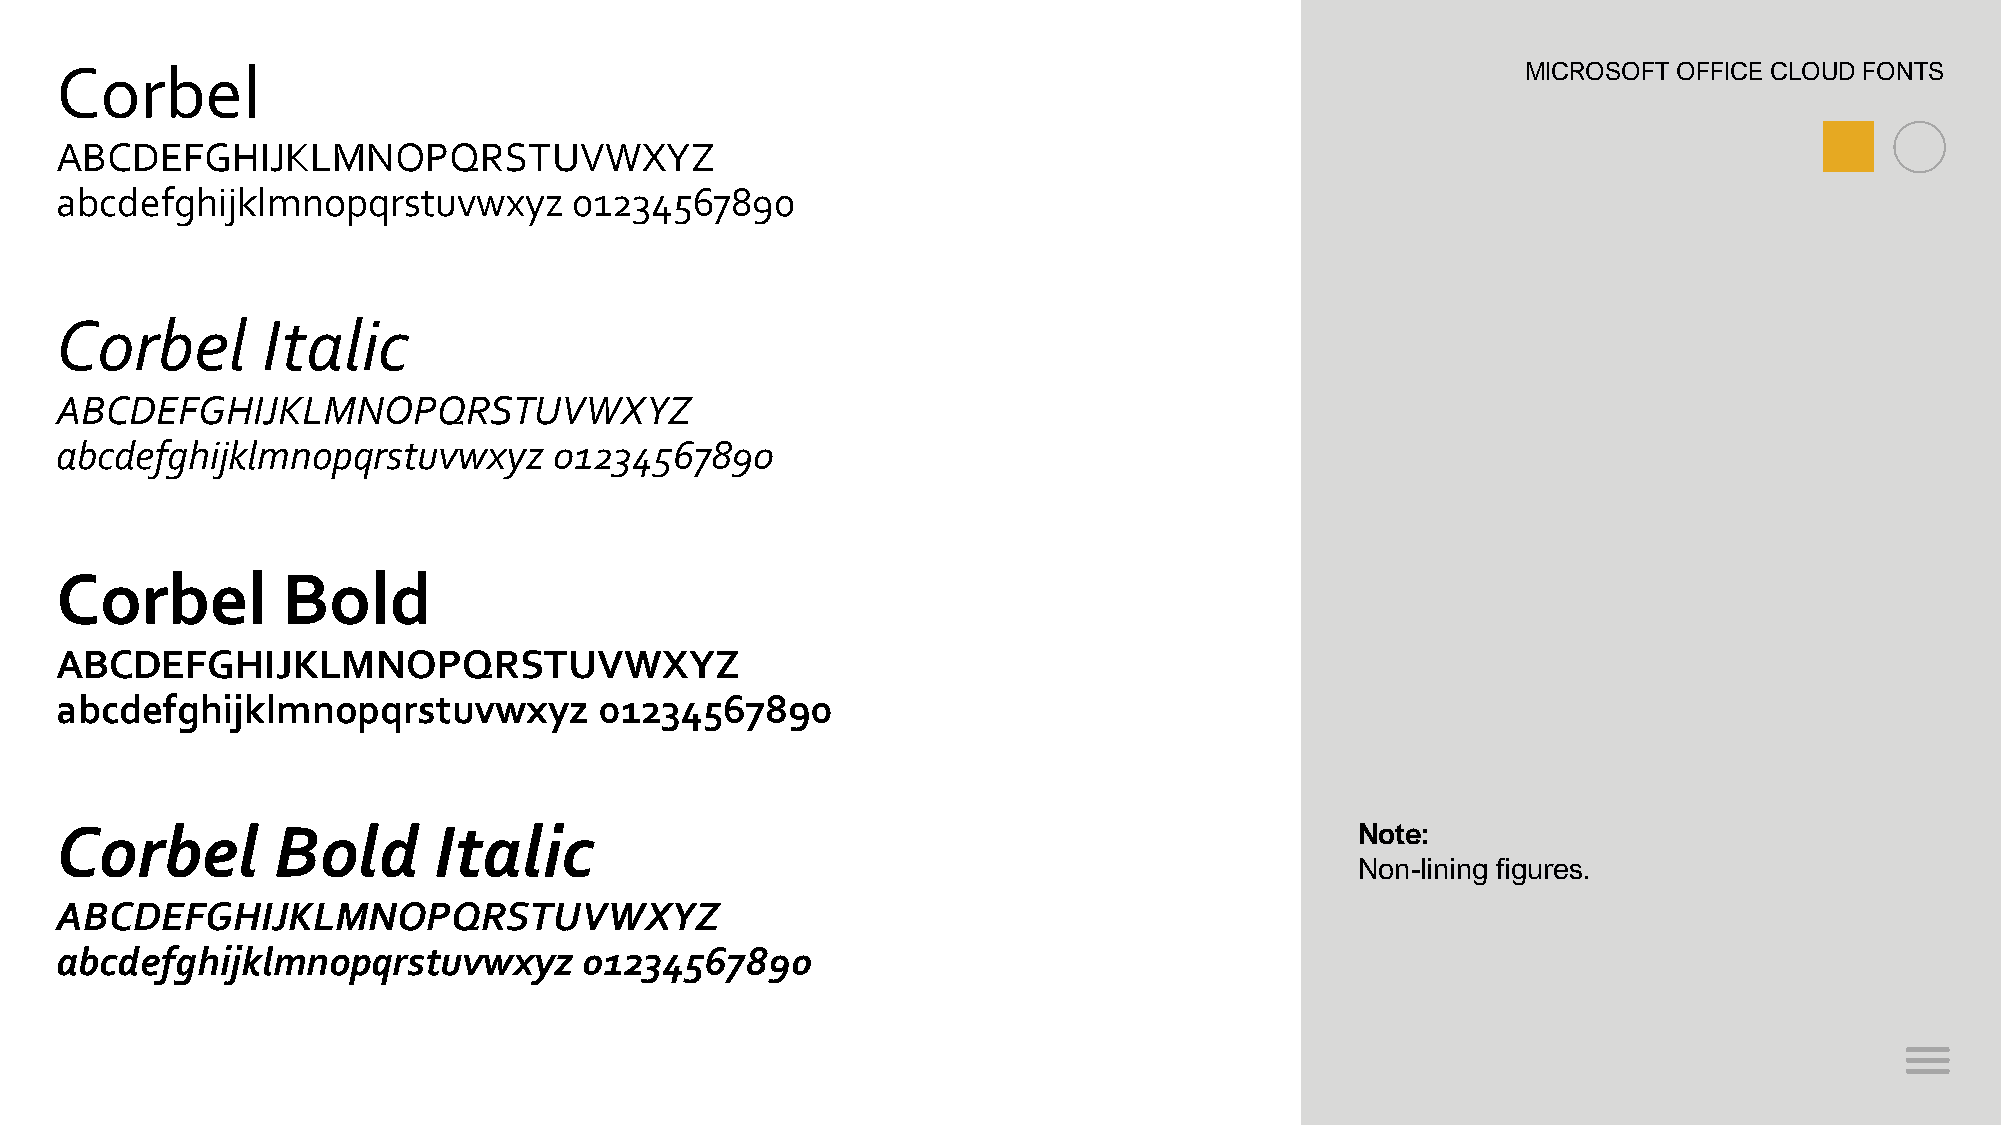
Corbel                                                                                           MICROSOFT OFFICE CLOUD FONTS
 ABCDEFGHIJKLMNOPQRSTUVWXYZ
 abcdefghijklmnopqrstuvwxyz        01234567890
 Corbel       Italic
 ABCDEFGHIJKLMNOPQRSTUVWXYZ
 abcdefghijklmnopqrstuvwxyz       01234567890
 Corbel         Bold
 ABCDEFGHIJKLMNOPQRSTUVWXYZ
 abcdefghijklmnopqrstuvwxyz          01234567890
 Corbel        Bold       Italic                                                       Note:
 Non-lining figures.
 ABCDEFGHIJKLMNOPQRSTUVWXYZ
 abcdefghijklmnopqrstuvwxyz         01234567890